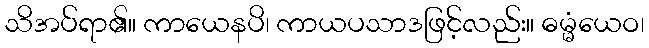
သိအပ်ရာ၏။ ကာယေနပိ၊ ကာယပသာဒဖြင့်လည်း။ ဓမ္မံယေဝ၊